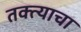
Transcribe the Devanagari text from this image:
तक्त्याचा